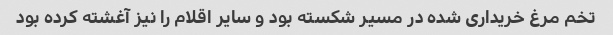
تخم مرغ خریداری شده در مسیر شکسته بود و سایر اقلام را نیز آغشته کرده بود